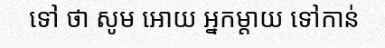
ទៅ ថា សូម អោយ អ្នកម្តាយ ទៅកាន់